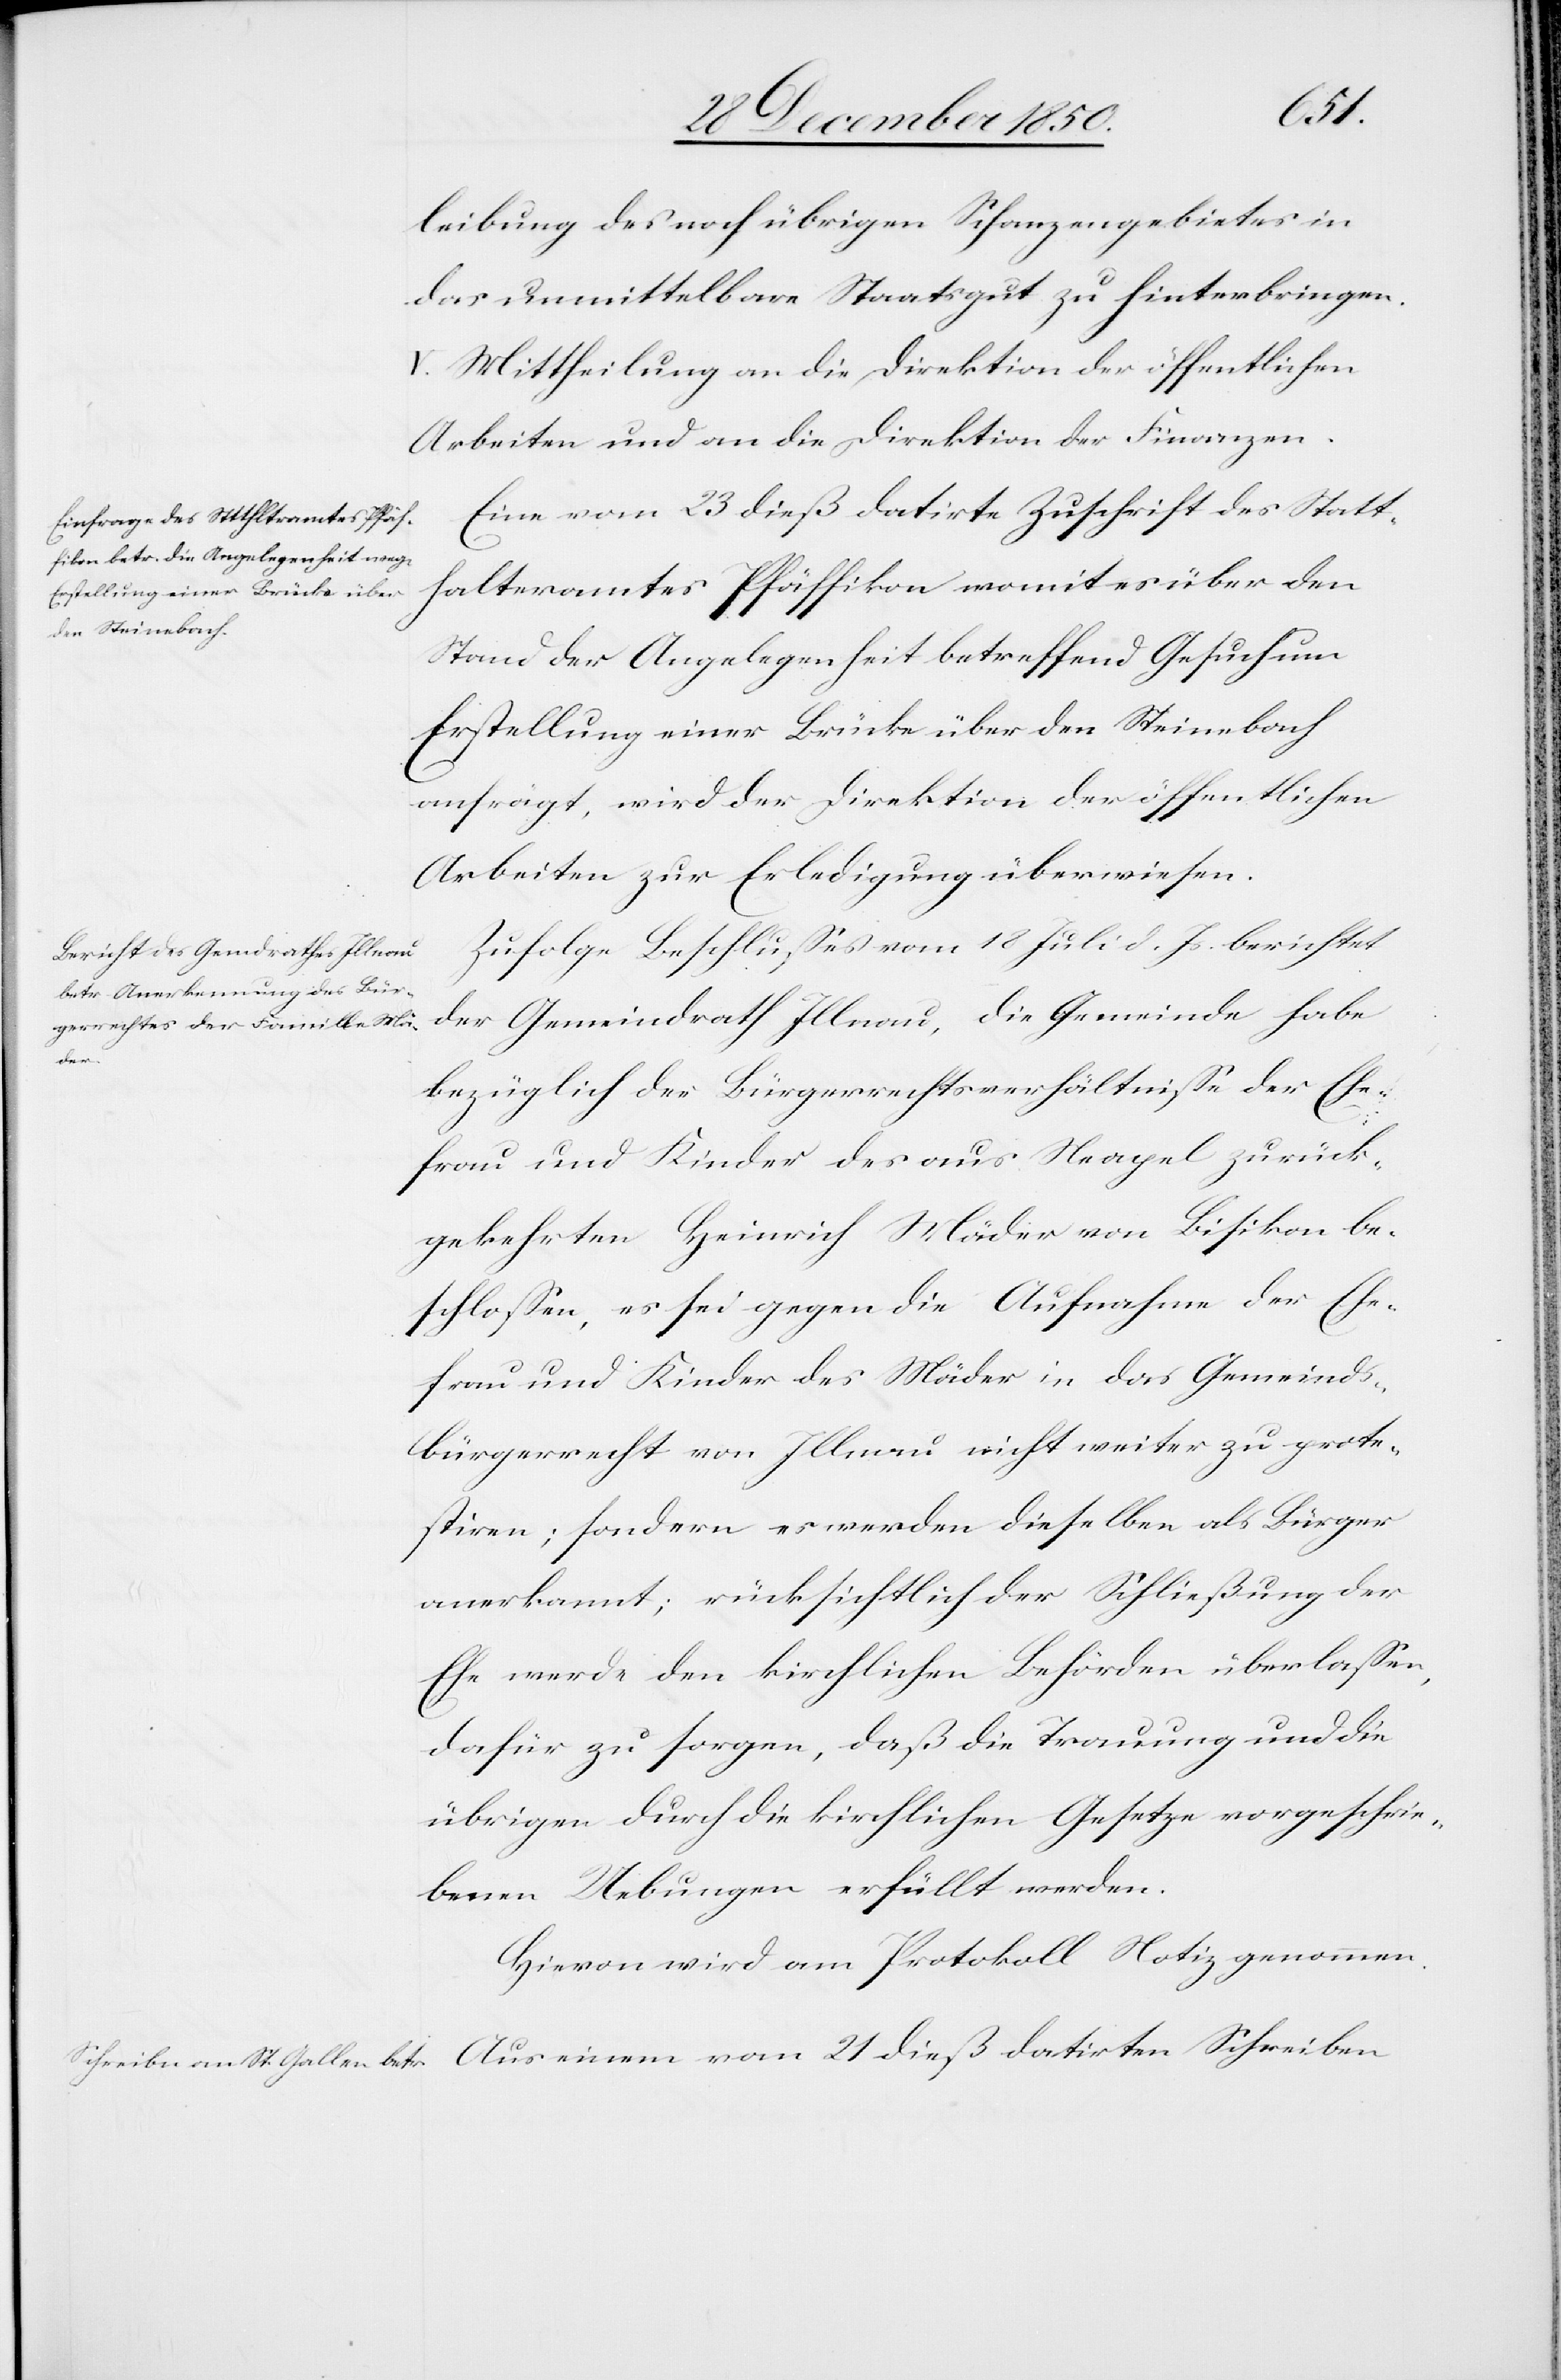
leibung des noch übrigen Schanzengebietes in
das unmittelbare Staatsgut zu hinterbringen.
Mittheilung an die Direktion der öffentlichen
Arbeiten und an die Direktion der Finanzen.
Eine vom 23 dieß datirte Zuschrift des Statt¬
halteramtes Pfäffikon womit es über den
Stand der Angelegenheit betreffend Gesuch um
Erstellung einer Brücke über den Steinebach
anfrägt, wird der Direktion der öffentlichen
Arbeiten zur Erledigung überwiesen.
Zufolge Beschlusses vom 18 Juli d. Js. berichtet
der Gemeindrath Illnau, die Gemeinde habe
bezüglich der Bürgerrechtsverhältnisse der Ehe¬
frau und Kinder des aus Neapel zurück¬
gekehrten Heinrich Mäder von Bisikon be¬
schlossen, es sei gegen die Aufnahme der Ehe¬
frau und Kinder des Mäder in das Gemeinds¬
bürgerrecht von Illnau nicht weiter zu prote¬
stiren; sondern es werden dieselben als Bürger
anerkannt; rücksichtlich der Schließung der
Ehe werde den kirchlichen Behörden überlassen,
dafür zu sorgen, daß die Trauung und die
übrigen durch die kirchlichen Gesetze vorgeschrie¬
benen Uebungen erfüllt werden.
Hievon wird am Protokoll Notiz genommen.
Aus einem vom 21 dieß datirten Schreiben